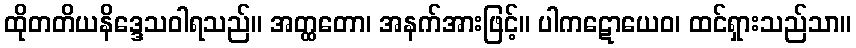
ထိုတတိယနိဒ္ဒေသဝါရသည်။ အတ္ထတော၊ အနက်အားဖြင့်။ ပါကဋောယေဝ၊ ထင်ရှားသည်သာ။